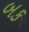
બક